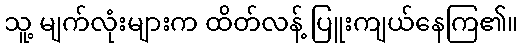
သူ့ မျက်လုံးများက ထိတ်လန့် ပြူးကျယ်နေကြ၏။